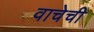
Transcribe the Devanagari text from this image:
वाचेची